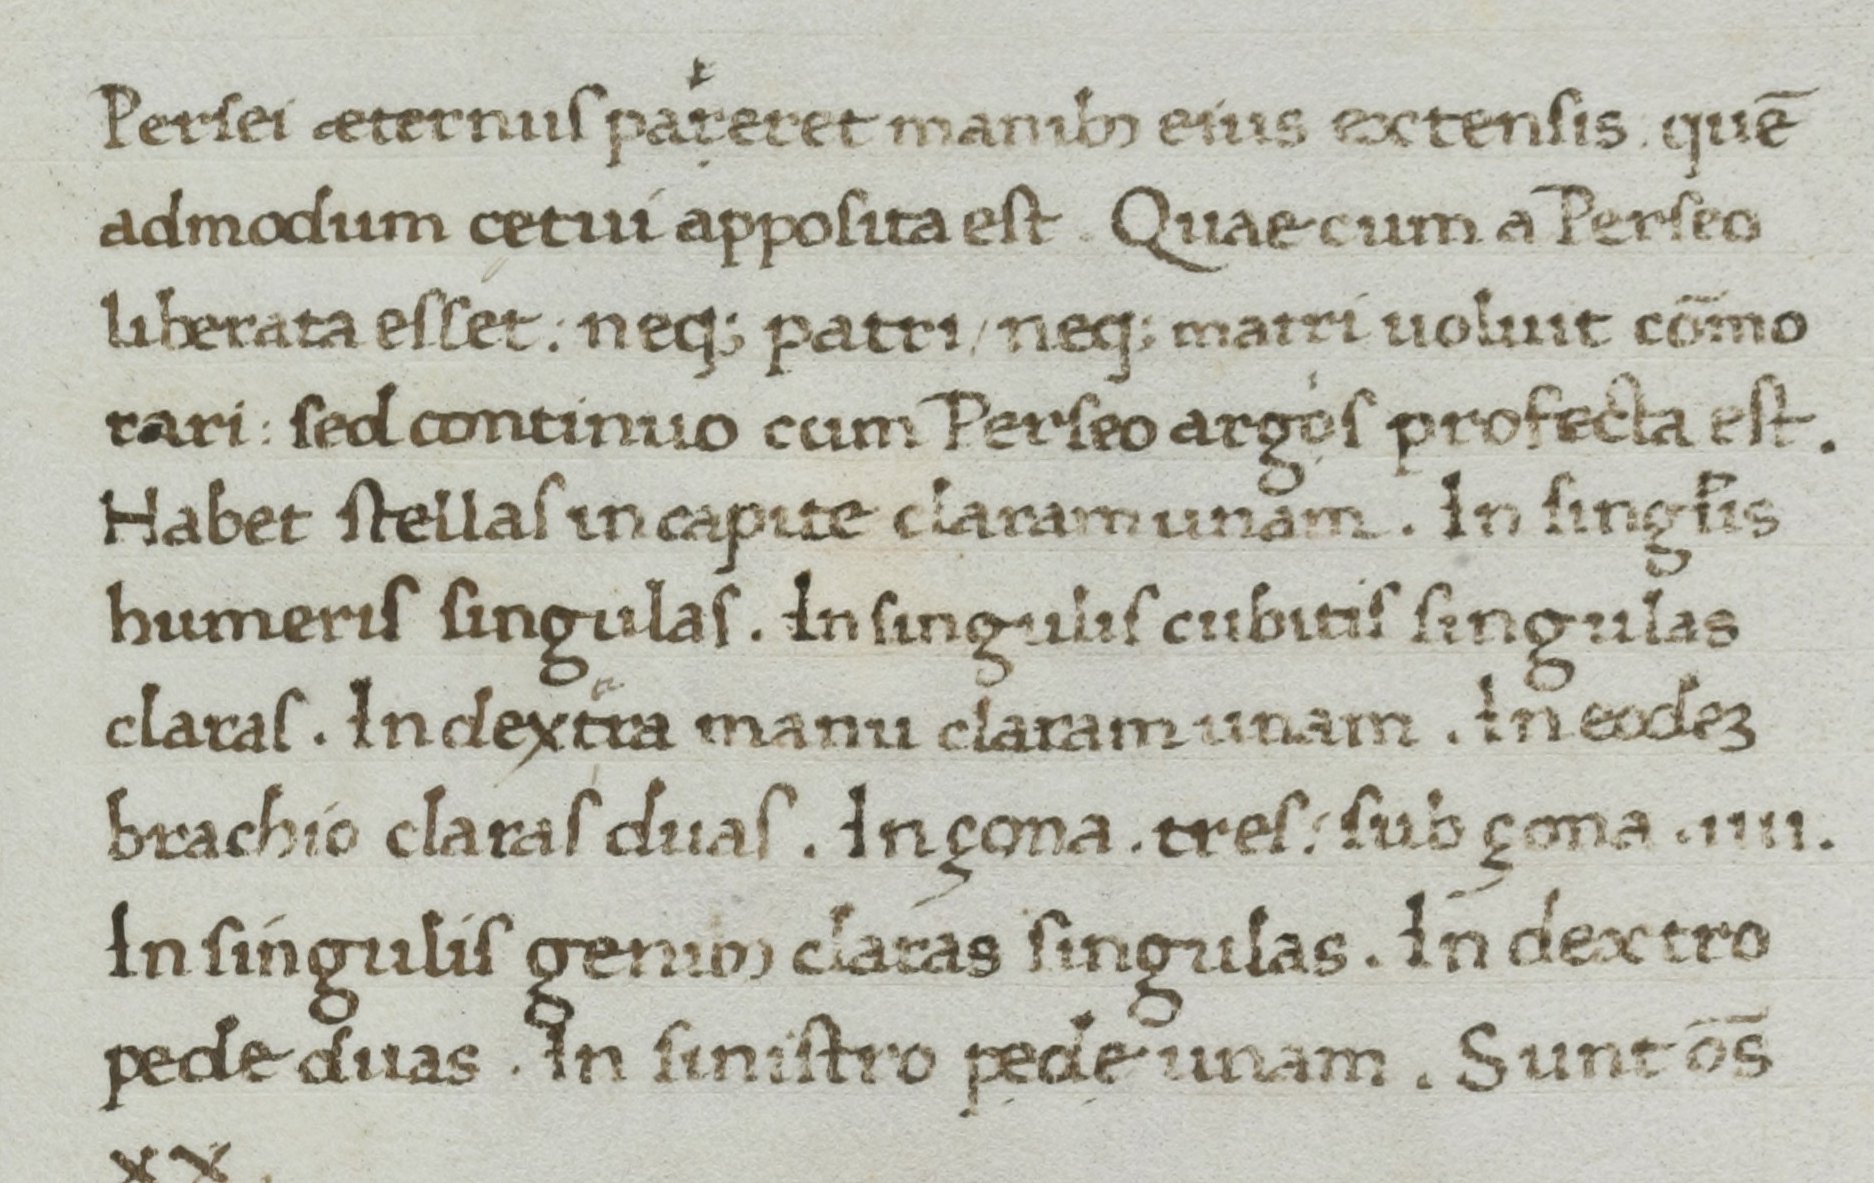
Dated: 1400–1499